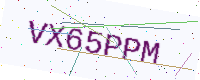
Text: VX65PPM